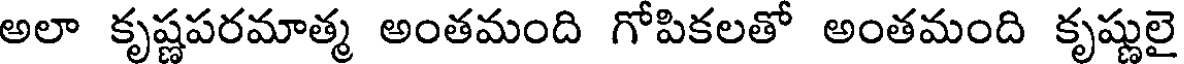
అలా కృష్ణపరమాత్మ అంతమంది గోపికలతో అంతమంది కృష్ణులై